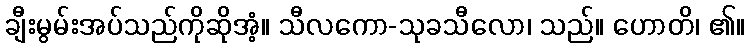
ချီးမွမ်းအပ်သည်ကိုဆိုအံ့။ သီလကော-သုခသီလော၊ သည်။ ဟောတိ၊ ၏။